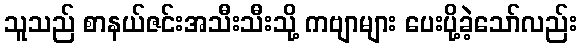
သူသည် စာနယ်ဇင်းအသီးသီးသို့ ကဗျာများ ပေးပို့ခဲ့သော်လည်း